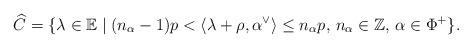
LaTeX: \begin{align*} \widehat{C} = \{ \lambda \in \mathbb{E} \mid (n_{\alpha}-1)p < \langle \lambda + \rho, \alpha^{\vee} \rangle \leq n_{\alpha}p, \, n_{\alpha} \in \mathbb{Z}, \, \alpha \in \Phi^+ \}.\end{align*}